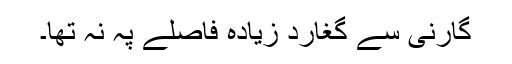
گارنی سے گغارد زیادہ فاصلے پہ نہ تھا۔